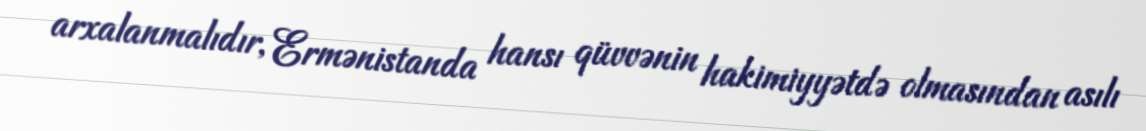
arxalanmalıdır, Ermənistanda hansı qüvvənin hakimiyyətdə olmasından asılı